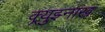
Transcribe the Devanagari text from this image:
क्र्युझ्नाख